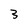
Character: 3